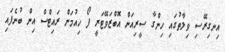
އިނގިރޭސި ވިލާތުގައި ހިންގާ ސީރިއަން އޮބްޒަވޭޓަރީ ފޯ ހިއުމަން ރައިޓްސް އިން ބުނެފައި